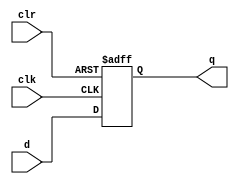
module ffps(clk,q,d,clr);
input clk,d,clr;
output q;
reg q;

always @(negedge clk or posedge clr)
    begin
    if(clr)
        q=1'b0;
    else    
        q<=d;
    end
endmodule